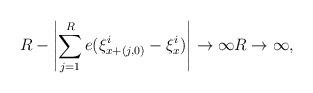
LaTeX: \begin{align*}R - \left|\sum_{j=1}^R e(\xi_{x + (j,0)}^i - \xi_x^i)\right| \to \infty R \to \infty,\end{align*}